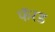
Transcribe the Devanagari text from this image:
फॅरड